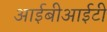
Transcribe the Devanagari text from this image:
आईबीआईटी